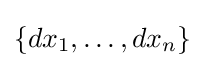
\{dx_{1},\ldots ,dx_{n}\}